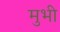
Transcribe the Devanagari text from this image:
मुभी